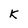
Character: K